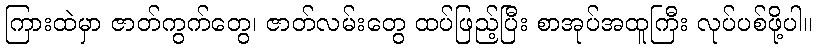
ကြားထဲမှာ ဇာတ်ကွက်တွေ၊ ဇာတ်လမ်းတွေ ထပ်ဖြည့်ပြီး စာအုပ်အထူကြီး လုပ်ပစ်ဖို့ပါ။